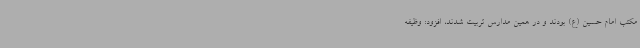
مکتب امام حسین (ع) بودند و در همین مدارس تربیت شدند، افزود: وظیفه